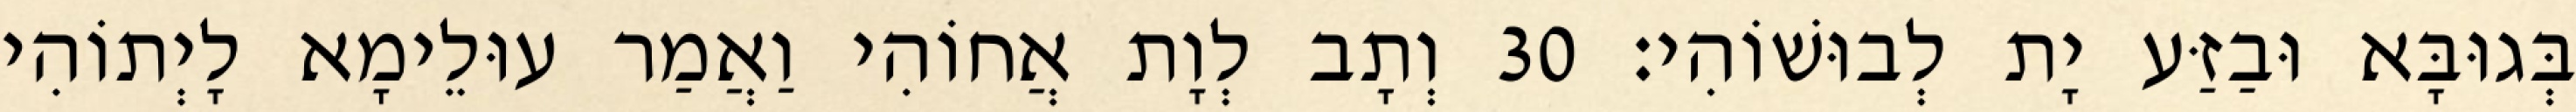
בְּגוּבָּא וּבַזַּע יָת לְבוּשׁוֹהִי׃ 30 וְתָב לְוָת אֲחוֹהִי וַאֲמַר עוּלֵימָא לָיְתוֹהִי